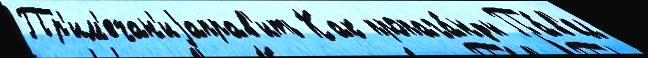
Пр'им'ечан'иjаправ'ить Как пропага́нды Па́в'ел